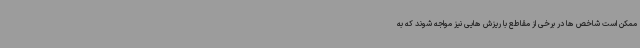
ممکن است شاخص ها در برخی از مقاطع با ریزش هایی نیز مواجه شوند که به